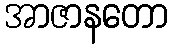
အာဇာနတော